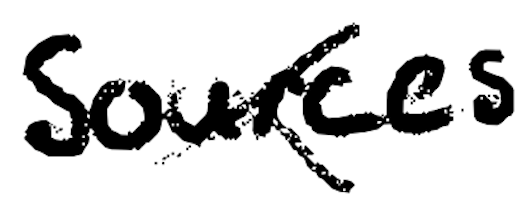
Text: Sources
Cross-out: cross
Writing tool: digital_black